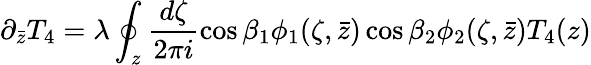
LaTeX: \partial_{\bar{z}}T_{4}=\lambda\oint_{z}\frac{d\zeta}{2\pi i}\cos{\beta}_{1}\phi_{1}(\zeta,\bar{z})\cos{\beta}_{2}\phi_{2}(\zeta,\bar{z})T_{4}(z)